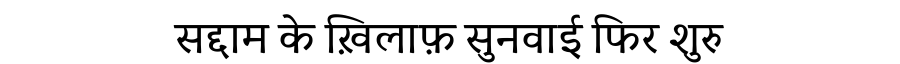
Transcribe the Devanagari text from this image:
सद्दाम के ख़िलाफ़ सुनवाई फिर शुरु